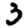
Digit: 3